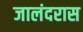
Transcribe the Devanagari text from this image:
जालंदरास